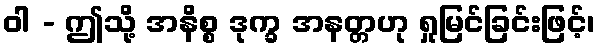
ဝါ - ဤသို့ အနိစ္စ ဒုက္ခ အနတ္တဟု ရှုမြင်ခြင်းဖြင့်၊